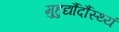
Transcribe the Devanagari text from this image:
मुहुर्द्यौर्दौस्थ्यं